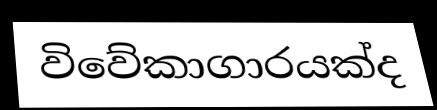
විවේකාගාරයක්ද